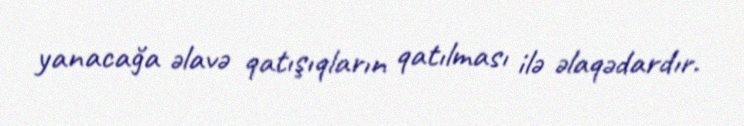
yanacağa əlavə qatışıqların qatılması ilə əlaqədardır.